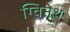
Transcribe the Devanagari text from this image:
ग्विनेथ